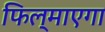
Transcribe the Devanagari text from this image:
फिल्माएगा